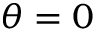
\theta = 0